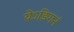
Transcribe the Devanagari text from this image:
येऽङिगनं